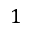
1